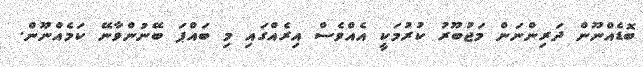
ބޮޑެއްނޫން ދަރިންނަން މަޖުބޫރު ކުރުމަކީ އެއްވެސް އިރެއްގައި މި ބައްޕަ ބޭނުންވާނޭ ކަމެއްނޫން.